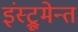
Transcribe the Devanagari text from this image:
इंस्ट्रूमेन्त